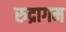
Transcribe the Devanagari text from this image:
रुद्रागम